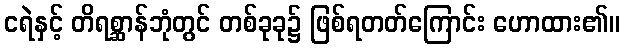
ငရဲနှင့် တိရစ္ဆာန်ဘုံတွင် တစ်ခုခု၌ ဖြစ်ရတတ်ကြောင်း ဟောထား၏။